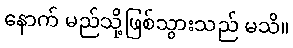
နောက် မည်သို့ဖြစ်သွားသည် မသိ။